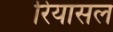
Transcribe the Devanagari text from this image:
रियासल